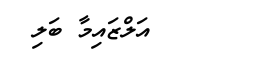
އަލްޒައިމާ ބަލި